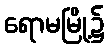
ရောမမြို့၌